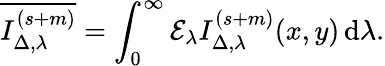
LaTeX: \overline{{I_{{\Delta},\lambda}^{(s+m)}}}=\int_{0}^{\infty}\mathcal{E}_{\lambda}I_{\Delta,\lambda}^{(s+m)}(x,y)\, \mathrm{d}\lambda.